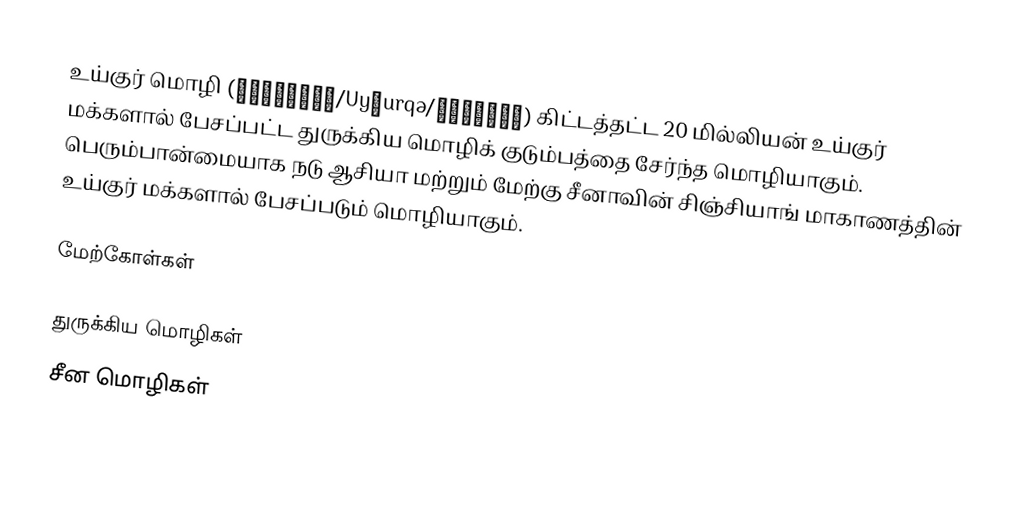
உய்குர் மொழி (ئۇيغۇرچە/Uyƣurqə/Уйғурчә) கிட்டத்தட்ட 20 மில்லியன் உய்குர் மக்களால் பேசப்பட்ட துருக்கிய மொழிக் குடும்பத்தை சேர்ந்த மொழியாகும். பெரும்பான்மையாக நடு ஆசியா மற்றும் மேற்கு சீனாவின் சிஞ்சியாங் மாகாணத்தின் உய்குர் மக்களால் பேசப்படும் மொழியாகும்.

மேற்கோள்கள்

துருக்கிய மொழிகள்
சீன மொழிகள்